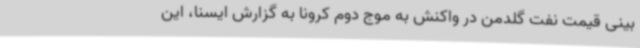
بینی قیمت نفت گلدمن در واکنش به موج دوم کرونا به گزارش ایسنا، این